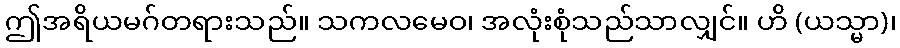
ဤအရိယမဂ်တရားသည်။ သကလမေဝ၊ အလုံးစုံသည်သာလျှင်။ ဟိ (ယသ္မာ)၊